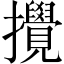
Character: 攪